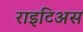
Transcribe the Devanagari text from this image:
राइटिअस